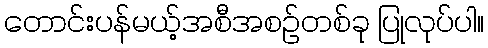
တောင်းပန်မယ့်အစီအစဉ်တစ်ခု ပြုလုပ်ပါ။